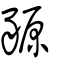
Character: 豲